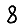
Digit: 8